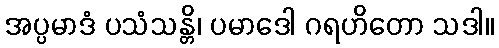
အပ္ပမာဒံ ပသံသန္တိ၊ ပမာဒေါ ဂရဟိတော သဒါ။